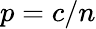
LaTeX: p=c/n